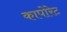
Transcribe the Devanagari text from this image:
कापोरेट